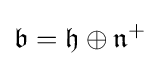
{\mathfrak {b}}={\mathfrak {h}}\oplus {\mathfrak {n}}^{+}